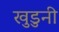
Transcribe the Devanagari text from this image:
खुडुनी